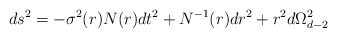
\begin{align*}ds^2=-\sigma^2(r)N(r)dt^2+N^{-1}(r)dr^2+r^2 d\Omega_{d-2}^2\end{align*}